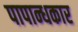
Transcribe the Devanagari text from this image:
पापान्धकार